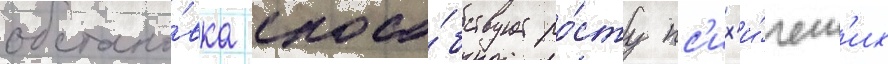
обстано́вка спосо́бствует ро́сту пс'их'и́ческ'их